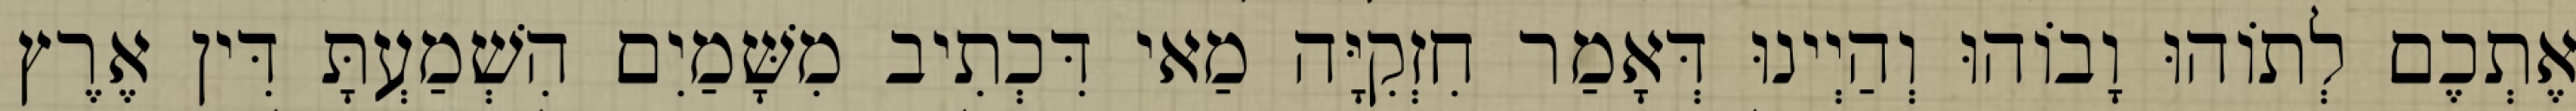
אֶתְכֶם לְתוֹהוּ וָבוֹהוּ וְהַיְינוּ דְּאָמַר חִזְקִיָּה מַאי דִּכְתִיב מִשָּׁמַיִם הִשְׁמַעְתָּ דִּין אֶרֶץ